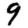
Digit: 9